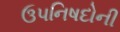
ઉપનિષદોની